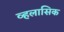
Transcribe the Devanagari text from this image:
व्हलासिक